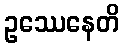
ဥဿေနေတိ